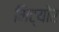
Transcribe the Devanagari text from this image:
मिट्योर